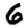
Digit: 6